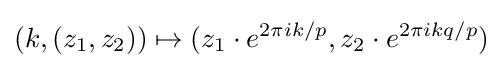
(k,(z_{1},z_{2}))\mapsto (z_{1}\cdot e^{2\pi ik/p},z_{2}\cdot e^{2\pi ikq/p})